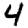
Digit: 4